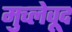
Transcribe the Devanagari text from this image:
मुच्लेवूद